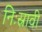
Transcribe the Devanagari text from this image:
निःस्रावी